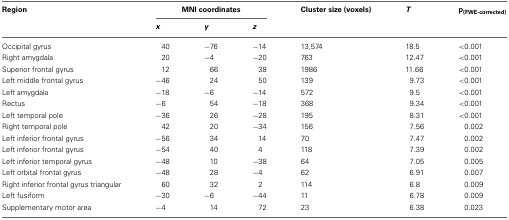
<table><thead><tr><td><b>Region</b></td><td colspan="3"><b>MNI coordinates</b></td><td><b>Cluster size (voxels)</b></td><td><b><i>T</i></b></td><td><b>p<sub>(FWE-corrected)</sub></b></td></tr><tr><td>[EMPTY_CELL]</td><td><b><i>x</i></b></td><td><b><i>y</i></b></td><td><b><i>z</i></b></td><td>[EMPTY_CELL]</td><td>[EMPTY_CELL]</td><td>[EMPTY_CELL]</td></tr></thead><tbody><tr><td>Occipital gyrus</td><td>40</td><td>−76</td><td>−14</td><td>13,574</td><td>18.5</td><td>&lt;0.001</td></tr><tr><td>Right amygdala</td><td>20</td><td>−4</td><td>−20</td><td>763</td><td>12.47</td><td>&lt;0.001</td></tr><tr><td>Superior frontal gyrus</td><td>12</td><td>66</td><td>38</td><td>1986</td><td>11.66</td><td>&lt;0.001</td></tr><tr><td>Left middle frontal gyrus</td><td>−46</td><td>24</td><td>50</td><td>139</td><td>9.73</td><td>&lt;0.001</td></tr><tr><td>Left amygdala</td><td>−18</td><td>−6</td><td>−14</td><td>572</td><td>9.5</td><td>&lt;0.001</td></tr><tr><td>Rectus</td><td>−6</td><td>54</td><td>−18</td><td>368</td><td>9.34</td><td>&lt;0.001</td></tr><tr><td>Left temporal pole</td><td>−36</td><td>26</td><td>−28</td><td>195</td><td>8.31</td><td>&lt;0.001</td></tr><tr><td>Right temporal pole</td><td>42</td><td>20</td><td>−34</td><td>156</td><td>7.56</td><td>0.002</td></tr><tr><td>Left inferior frontal gyrus</td><td>−56</td><td>34</td><td>14</td><td>70</td><td>7.47</td><td>0.002</td></tr><tr><td>Left inferior frontal gyrus</td><td>−54</td><td>40</td><td>4</td><td>118</td><td>7.39</td><td>0.002</td></tr><tr><td>Left inferior temporal gyrus</td><td>−48</td><td>10</td><td>−38</td><td>64</td><td>7.05</td><td>0.005</td></tr><tr><td>Left orbital frontal gyrus</td><td>−48</td><td>28</td><td>−4</td><td>62</td><td>6.91</td><td>0.007</td></tr><tr><td>Right inferior frontal gyrus triangular</td><td>60</td><td>32</td><td>2</td><td>114</td><td>6.8</td><td>0.009</td></tr><tr><td>Left fusiform</td><td>−30</td><td>−6</td><td>−44</td><td>11</td><td>6.78</td><td>0.009</td></tr><tr><td>Supplementary motor area</td><td>−4</td><td>14</td><td>72</td><td>23</td><td>6.38</td><td>0.023</td></tr></tbody></table>